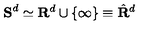
{ \bf S } ^ { d } \simeq { \bf R } ^ { d } \cup \{ \infty \} \equiv \hat { { \bf R } } ^ { d }